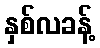
နှစ်လခန့်